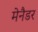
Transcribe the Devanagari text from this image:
मेनैडर